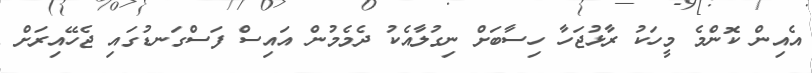
އެއިން ކޮންމެ މީހަކު ރާޅުޖަހާ ހިސާބަށް ނިގުލާއެކު ދެމެމުން އައިސް ފަސްގަނޑުގައި ޖެހޭއިރަށް